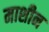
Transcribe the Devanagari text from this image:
माशीन